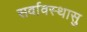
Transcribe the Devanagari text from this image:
सर्वावस्थासु